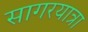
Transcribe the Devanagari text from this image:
सागरयात्रा